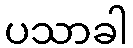
ပသာခါ